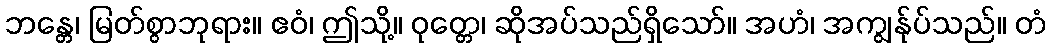
ဘန္တေ၊ မြတ်စွာဘုရား။ ဧဝံ၊ ဤသို့။ ဝုတ္တေ၊ ဆိုအပ်သည်ရှိသော်။ အဟံ၊ အကျွန်ုပ်သည်။ တံ